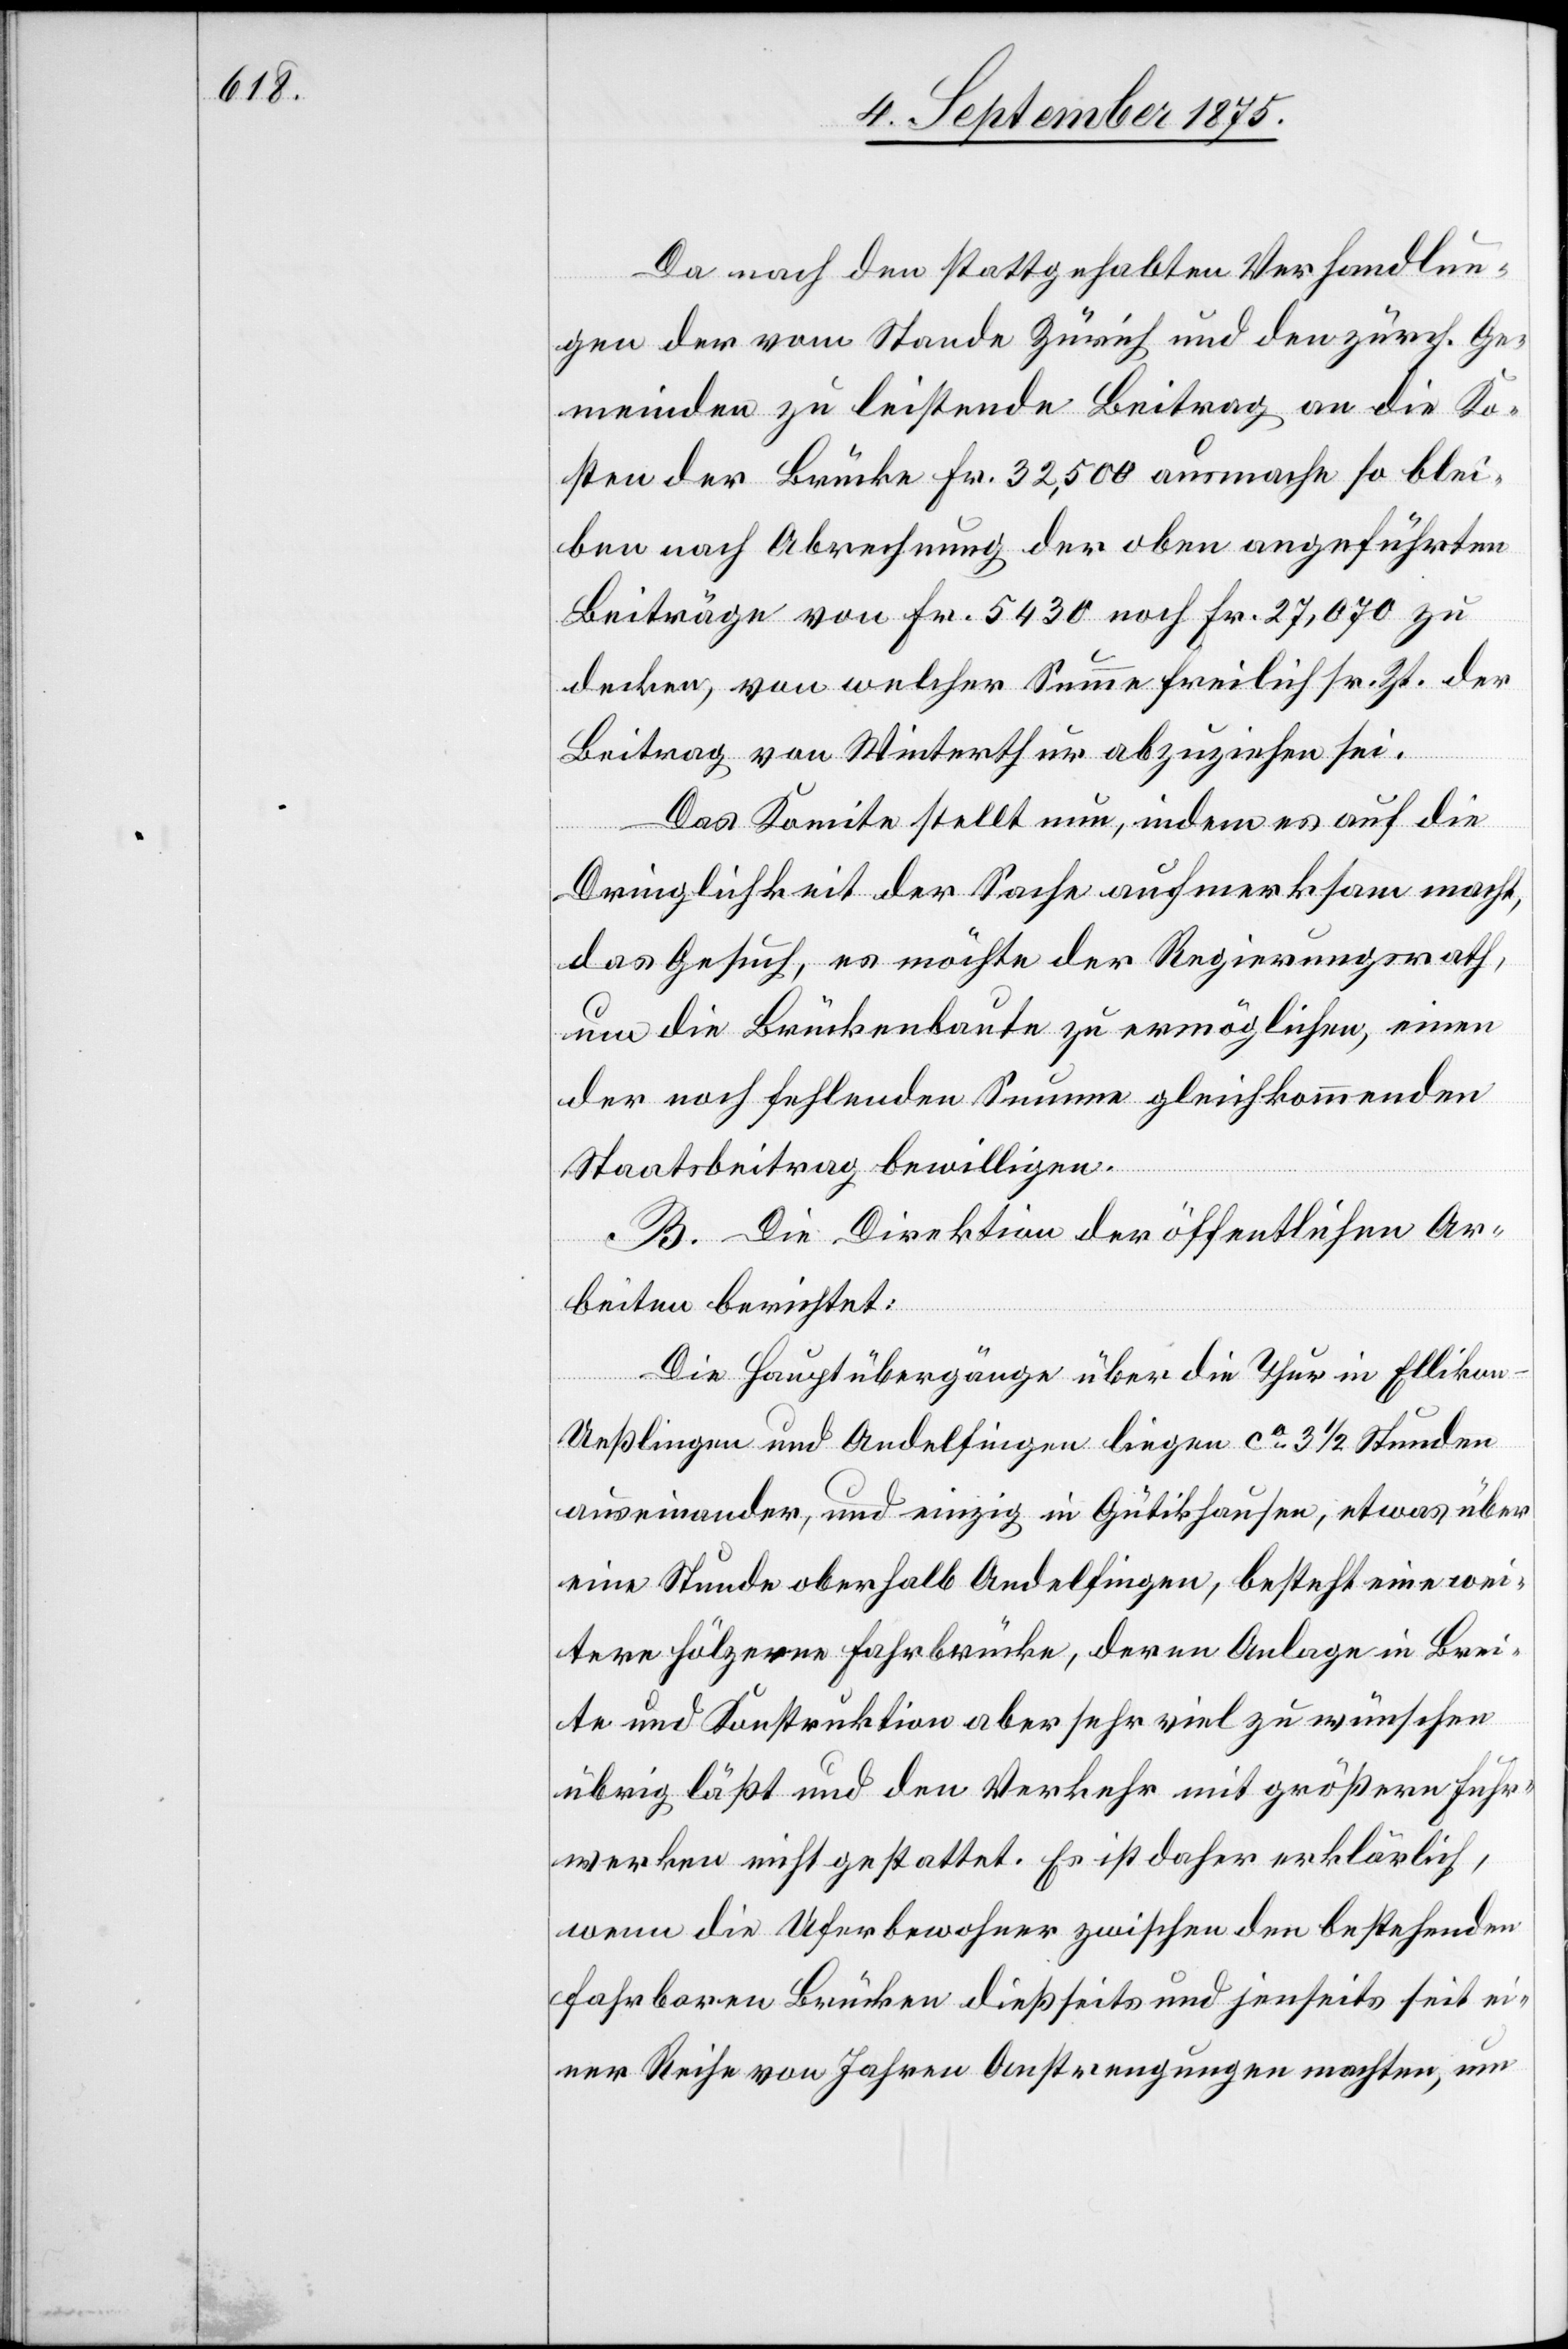
Da nach den stattgehabten Verhandlun¬
gen der vom Stande Zürich und den zürch. Ge¬
meinden zu leistende Beitrag an die Ko¬
sten der Brücke Fr. 32,500 ausmache so blei¬
ben nach Abrechnung der oben angeführten
Beiträge von Fr. 5430 noch Fr. 27,070 zu
decken, von welcher Summe freilich sr. Zt. der
Beitrag von Winterthur abzuziehen sei.
Das Komitee stellt nun, indem es auf die
Dringlichkeit der Sache aufmerksam macht
das Gesuch, es möchte der Regierungsrath,
um die Brückenbaute zu ermöglichen, einen
der noch fehlenden Summe gleichkommenden
Staatsbeitrag bewilligen.
B. Die Direktion der öffentlichen Ar¬
beiten berichtet:
Die Hauptübergänge über die Thur in Elliko¬
n-Ueßlingen und Andelfingen liegen ca 3 1/2 Stunden
auseinander, und einzig in Gütikhausen, etwas über
eine Stunde oberhalb Andelfingen, besteht eine wei¬
tere hölzerne Fahrbrücke, deren Anlage in Brei¬
te und Konstruktion aber sehr viel zu wünschen
übrig läßt und den Verkehr mit größern Fuhr¬
werken nicht gestattet. Es ist daher erklärlich,
wenn die Uferbewohner zwischen den bestehenden
fahrbaren Brücken dießseits und jenseits seit ei¬
ner Reihe von Jahren Anstrengungen machten, um